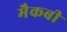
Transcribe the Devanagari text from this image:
मैकबी